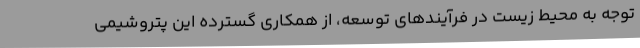
توجه به محیط زیست در فرآیند‌های توسعه، از همکاری گسترده این پتروشیمی